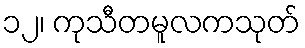
၁၂၊ ကုသီတမူလကသုတ်